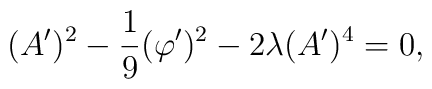
(A^{\prime })^{2}-\frac{1}{9}(\varphi ^{\prime })^{2}-2\lambda (A^{\prime})^{4}=0,